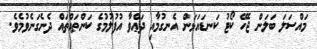
މައްސަލަ ބަލަން ޖެހޭ ކޯޓު ކަނޑައަޅަން އެނގުމާއި ދަޢްވާ އުފުލުމުގެ ކަންތައްތައް ދެނެގަނެވުމެވެ.